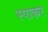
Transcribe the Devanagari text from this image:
स्पाकर